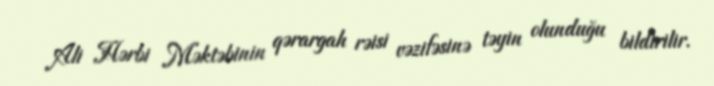
Ali Hərbi Məktəbinin qərargah rəisi vəzifəsinə təyin olunduğu bildirilir.